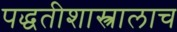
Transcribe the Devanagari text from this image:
पद्धतीशास्त्रालाच